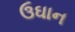
ઉઘાન